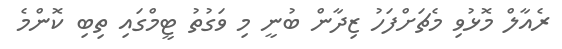
ރެއާލް މޮޅުވި މެޗަށްފަހު ޒިދާން ބުނީ މި ވަގުތު ޓީމްގައި ތިބި ކޮންމެ